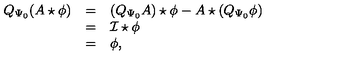
\begin{array} { r c l } { Q _ { \Psi _ { 0 } } ( A \star \phi ) } & { = } & { ( Q _ { \Psi _ { 0 } } A ) \star \phi - A \star ( Q _ { \Psi _ { 0 } } \phi ) } \\ { } & { = } & { \cal { I } \star \phi } \\ { } & { = } & { \phi , } \\ \end{array}